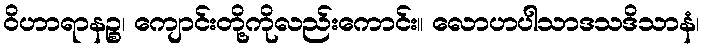
ဝိဟာရာနဉ္စ၊ ကျောင်းတို့ကိုလည်းကောင်း။ လောဟပါသာဒသဒိသာနံ၊